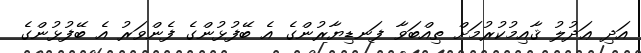
އަދި ޢަދުލު ޤާއިމުކުރުމަށް ތިއްބަވާ ފަނޑިޔާރުންގެ އެ ބޭފުޅުންގެ ފެންވަރު އެ ބޭފުޅުންގެ